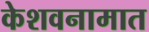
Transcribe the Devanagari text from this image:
केशवनामात